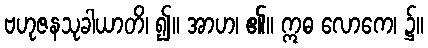
ဗဟုဇနသုခါယာတိ၊ ၍။ အာဟ၊ ၏။ ဣဓ လောကေ၊ ၌။